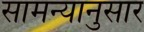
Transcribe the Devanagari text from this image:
सामन्यानुसार